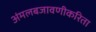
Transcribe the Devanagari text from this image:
अंमलबजावणीकरिता